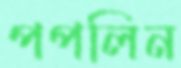
পপলিন